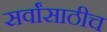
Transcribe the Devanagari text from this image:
सर्वांसाठीच